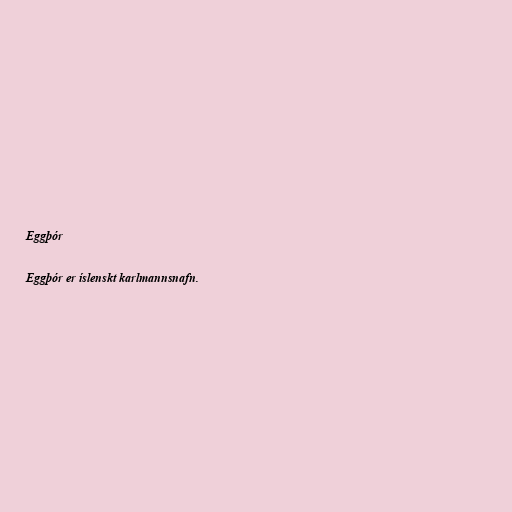
Eggþór

Eggþór er íslenskt karlmannsnafn.